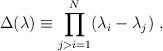
\begin{align*}\Delta(\lambda)\equiv\prod_{j>i=1}^{N}(\lambda_i-\lambda_j) \ ,\end{align*}